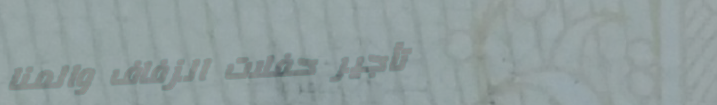
تأجير حفلات الزفاف والمنا